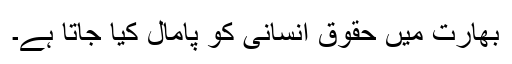
بھارت میں حقوق انسانی کو پامال کیا جاتا ہے۔